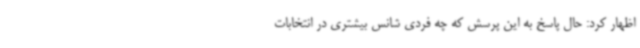
اظهار کرد: حال پاسخ به این پرسش که چه فردی شانس بیشتری در انتخابات